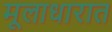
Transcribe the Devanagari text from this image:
मूलाधारात